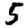
Digit: 5